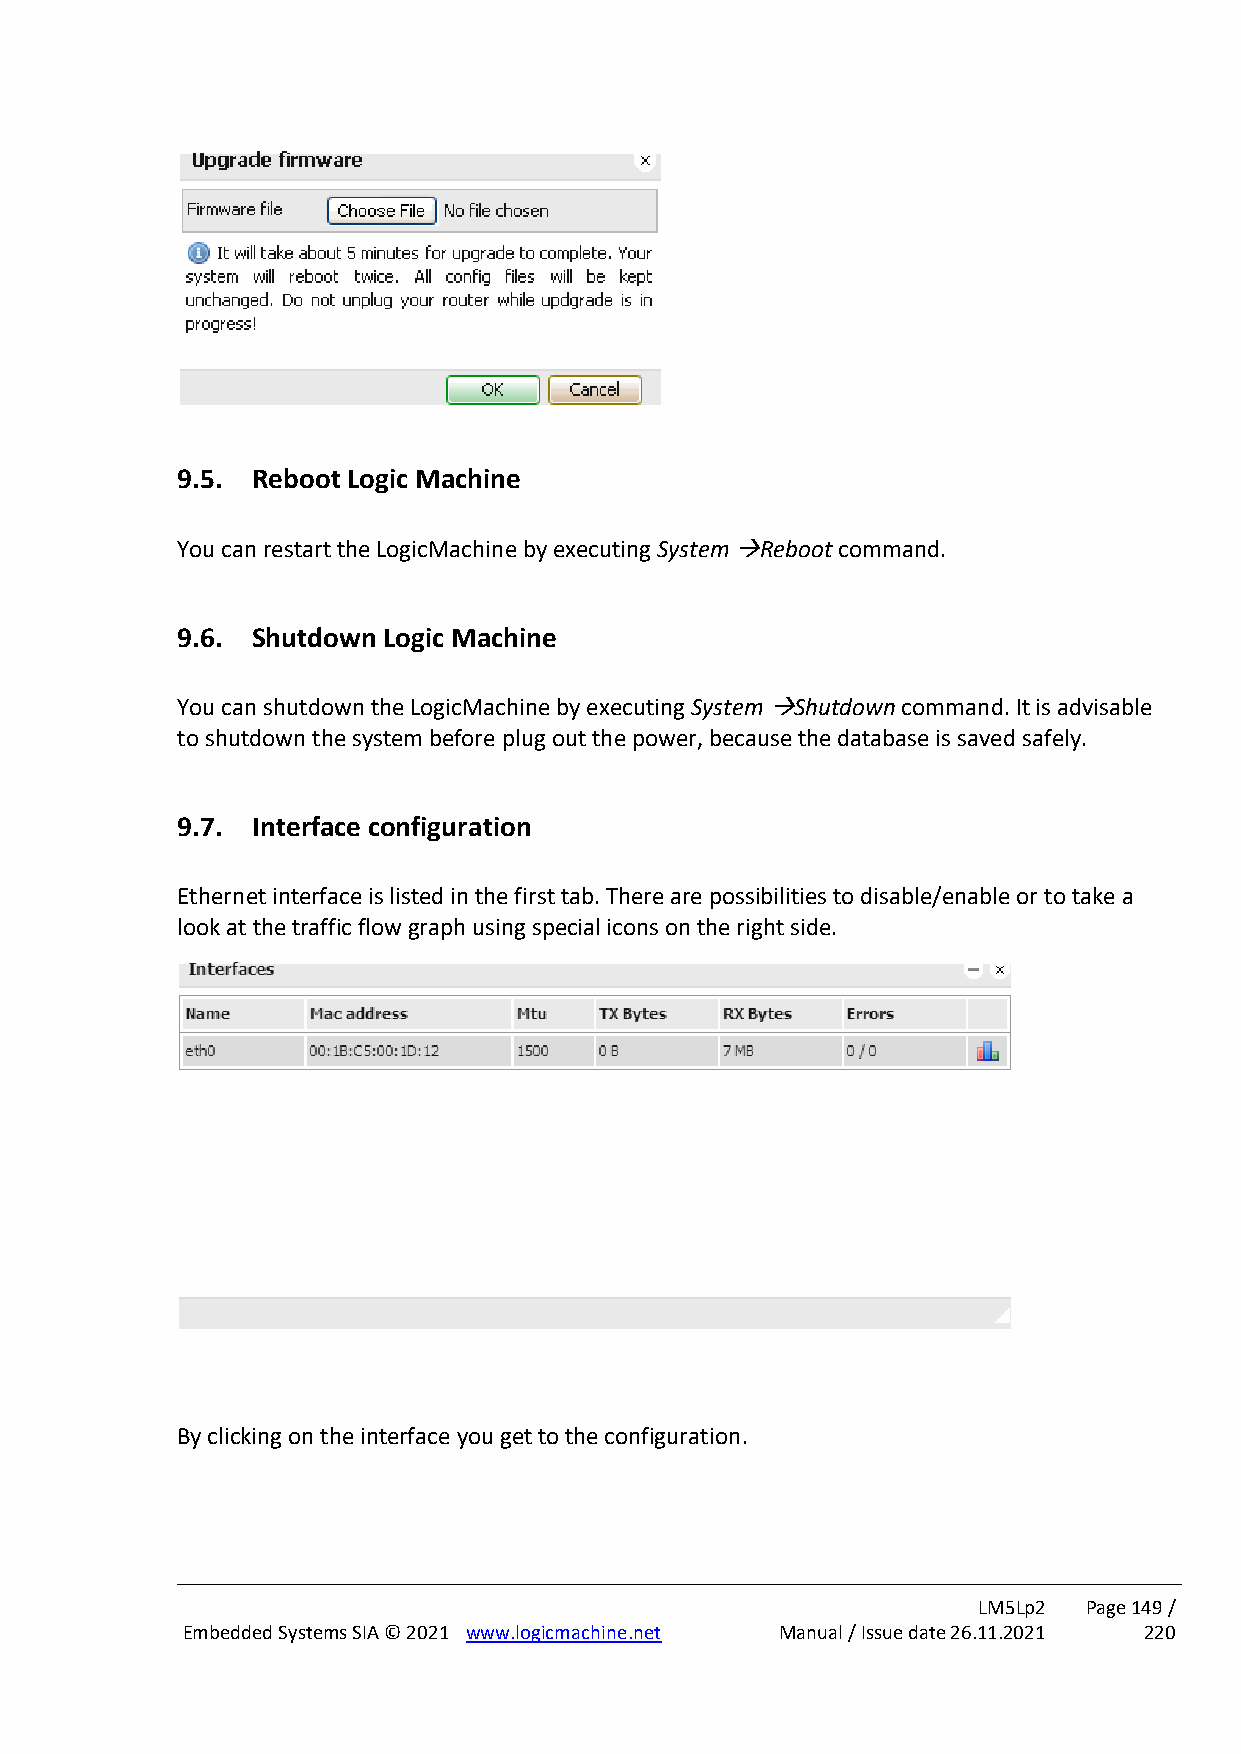
9.5. Reboot Logic Machine
 You can restart the LogicMachine by executing System →Reboot command.
 9.6. Shutdown Logic Machine
 You can shutdown the LogicMachine by executing System →Shutdown command. It is advisable
 to shutdown the system before plug out the power, because the database is saved safely.
 9.7. Interface configuration
 Ethernet interface is listed in the first tab. There are possibilities to disable/enable or to take a
 look at the traffic flow graph using special icons on the right side.
 By clicking on the interface you get to the configuration.
 LM5Lp2 Page 149 /
 Embedded Systems SIA © 2021 www.logicmachine.net Manual / Issue date 26.11.2021 220